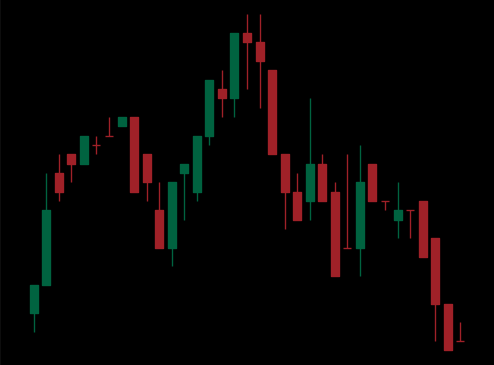
Pattern: head_shoulders